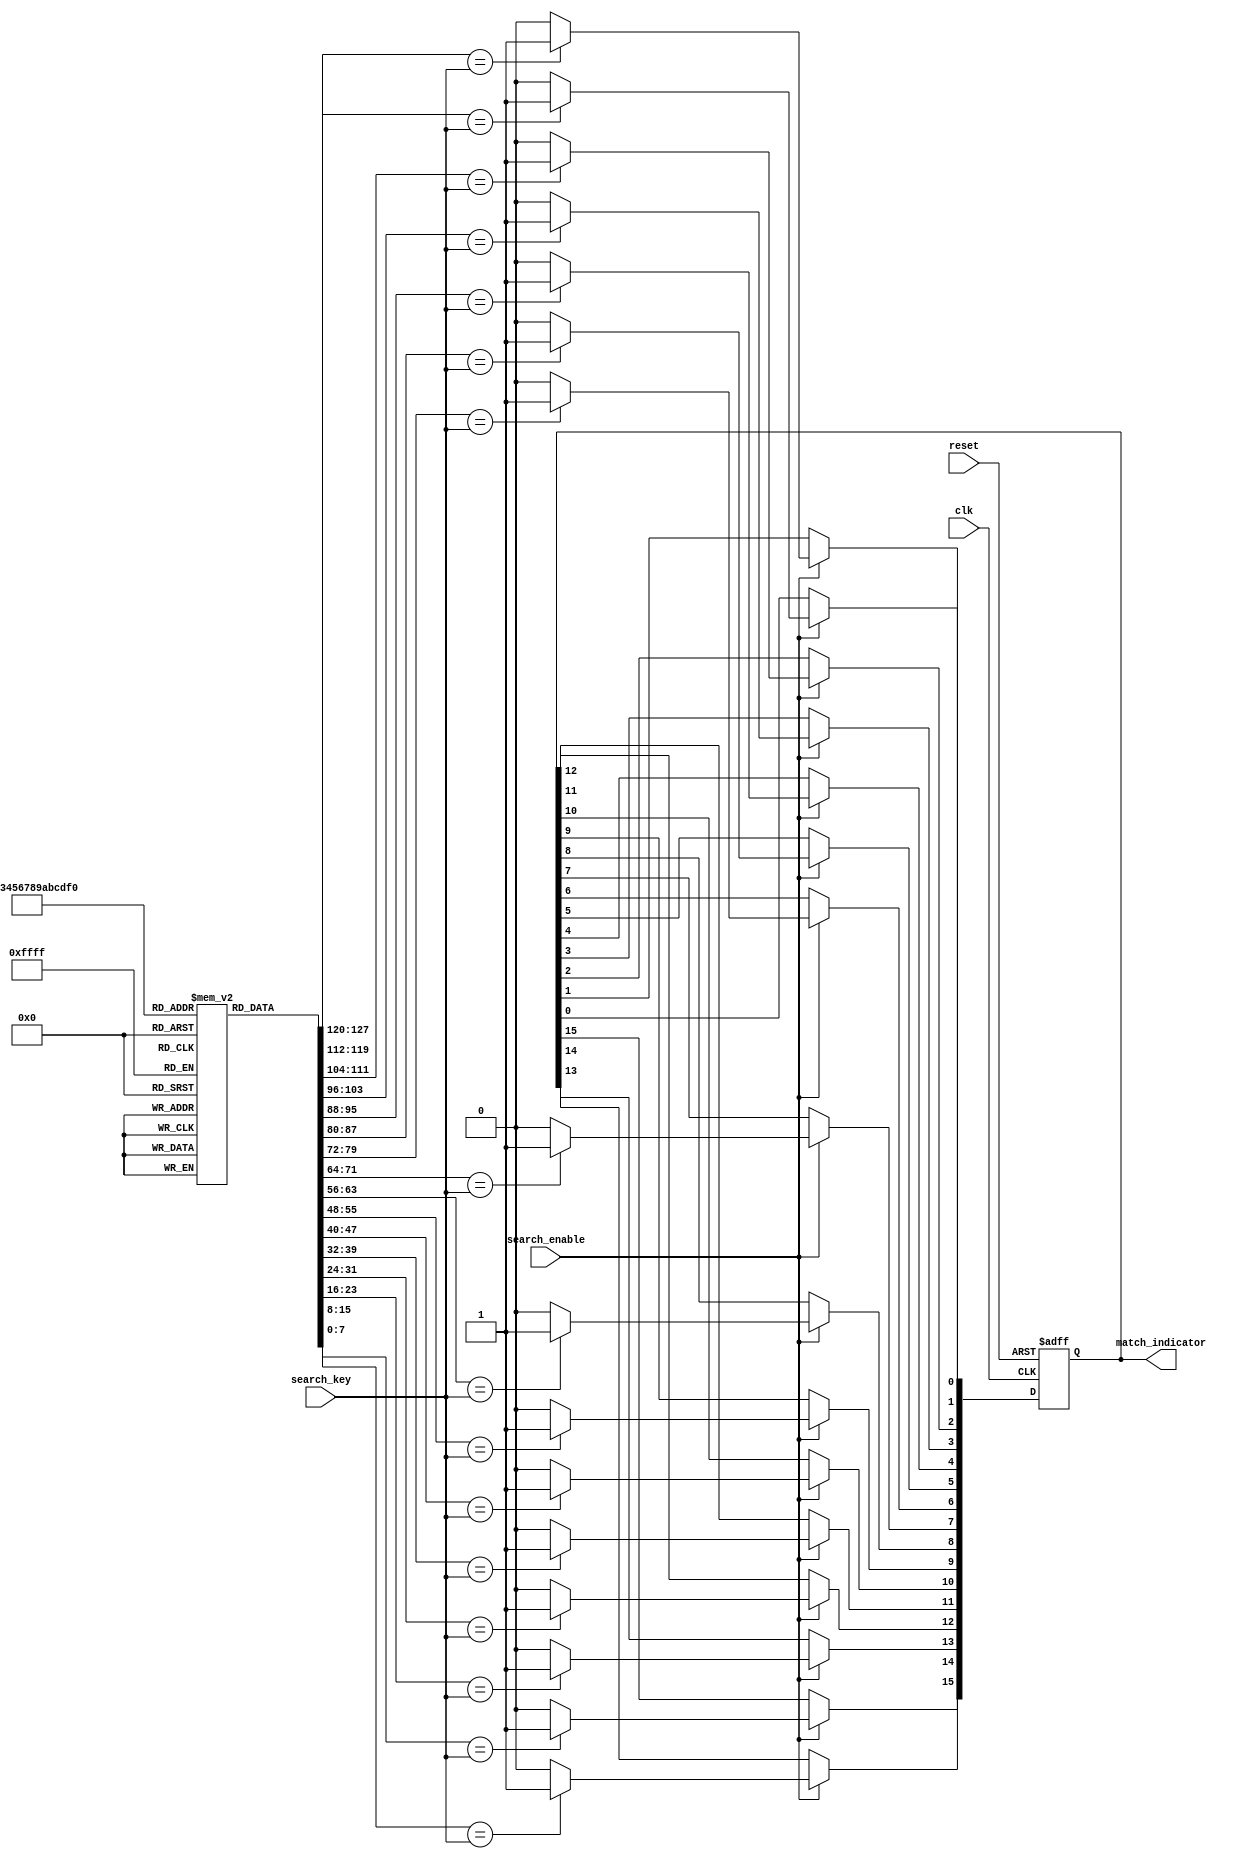
module column_based_cam #(
    parameter DATA_WIDTH = 8,  // Width of the data stored in CAM
    parameter DEPTH = 16        // Number of entries in the CAM
)(
    input wire clk,                // Clock signal
    input wire reset,              // Reset signal
    input wire [DATA_WIDTH-1:0] search_key, // Search key input
    input wire search_enable,       // Enable signal for search operation
    output reg [DEPTH-1:0] match_indicator // Match output
);

    // Memory array to hold the entries (DEPTH x DATA_WIDTH)
    reg [DATA_WIDTH-1:0] memory [0:DEPTH-1];

    integer i; // Loop variable

    // Initialize memory with some values (for simulation purposes)
    initial begin
        // Example initialization, can be modified as needed
        for (i = 0; i < DEPTH; i = i + 1) begin
            memory[i] = i[DATA_WIDTH-1:0]; // Just an example pattern
        end
    end

    // Asynchronous reset and search logic
    always @(posedge clk or posedge reset) begin
        if (reset) begin
            match_indicator <= 0; // Clear match indicator on reset
        end else if (search_enable) begin
            match_indicator <= 0; // Clear previous matches
            // Perform the search operation
            for (i = 0; i < DEPTH; i = i + 1) begin
                if (memory[i] == search_key) begin
                    match_indicator[i] <= 1'b1; // Set match indicator for matched entry
                end
            end
        end
    end

endmodule